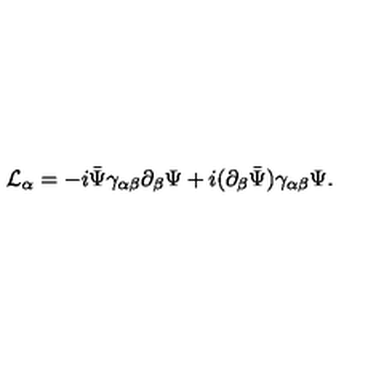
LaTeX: { \cal L } _ { \alpha } = - i \bar { \Psi } \gamma _ { \alpha \beta } \partial _ { \beta } \Psi + i ( \partial _ { \beta } \bar { \Psi } ) \gamma _ { \alpha \beta } \Psi .